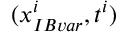
( \boldsymbol { x } _ { I B v a r } ^ { i } , t ^ { i } )